Vaccination in Bombay 1924-1928 - 1924-1928
Year: 1924
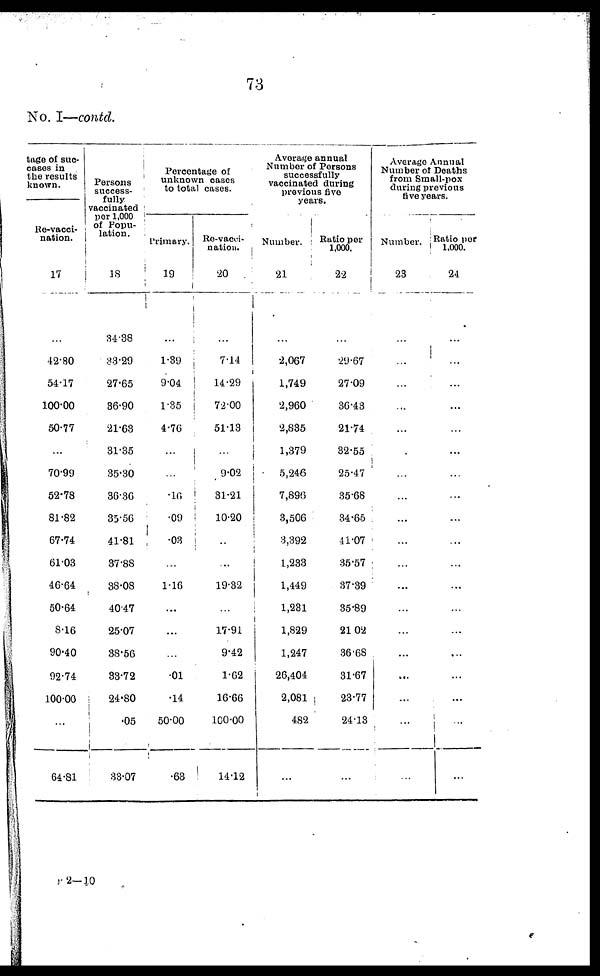
73
No. I—contd.
tage of suc¬
cases in
the results
known.
Re-vacci-
nation.
17
...
42.80
54.17
100.00
50.77
...
70.99
52.78
81.82
67.74
61.03
46.64
50.64
8.16
90.40
92.74
100.00
...
64.81
Persons
success-
fully
vaccinated
per 1,000
of Popu-
lation.
18
34.38
38.29
27.65
36.90
21.63
31.35
35.30
36.36
35.56
41.81
37.88
38.08
4047
25.07
38.56
33.72
24.80
.05
33.07
Percentage of
unknown cases
to total cases.
Primary.
19
...
1.39
9.04
1.35
4.76
...
...
.16
.09
.03
...
1.16
...
...
...
.01
.14
50.00
.63
Re-vacci¬
nation.
20
...
7.14
14.29
72.00
51.13
...
9.02
31.21
10.20
...
...
19.32
...
17.91
9.42
1.62
16.66
100.00
14.12
Average annual
Number of Persons
successfully
vaccinated during
previous five
years.
Number.
21
...
2,067
1,749
2,960
2,835
1,379
5,246
7,896
3,506
3,392
1,233
1,449
1,231
1,829
1,247
26,404
2,081
482
...
Ratio per
1,000.
22
...
29.67
27.09
36.43
21.74
32.55
25.47
35.68
34.65
41.07
35.57
37.39
35.89
21.02
36.68
31.67
23.77
24.13
...
Average Annual
Number of Deaths
from Small-pox
during previous
five years.
Number.
23
...
...
...
...
...
...
...
...
...
...
...
...
...
...
...
...
...
...
...
Ratio per
1,000.
24
...
...
...
...
...
...
...
...
...
...
...
...
...
...
...
...
...
...
...
P 2—10